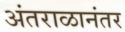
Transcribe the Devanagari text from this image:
अंतराळानंतर